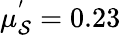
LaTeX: \mu_{\mathcal{S}}^{'}=0.23